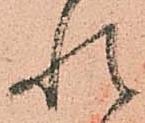
れ